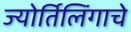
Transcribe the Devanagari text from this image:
ज्‍योर्तिलिंगाचे